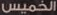
الخميس